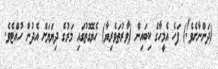
(ދަންނާށެވެ!) ފަހެ އެމީހާގެ ކިބައިން (ވާރުތަވެރިޔާ) ހެޔޮގޮތުގައި މަރުގެ ދިޔަޔަށް އެދުން ހުއްޓެވެ.